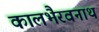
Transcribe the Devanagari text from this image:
कालभैरवनाथ